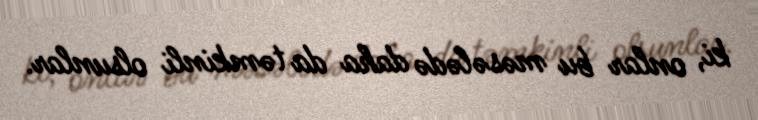
ki, onlar bu məsələdə daha da təmkinli olsunlar.